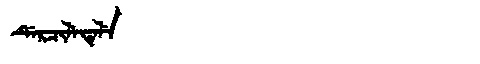
Manchu: ᡩᡝᡵᠴᡳᠯᡝᡨᡝᠯᡝ
Romanization: DERCILETELE